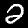
Digit: 2